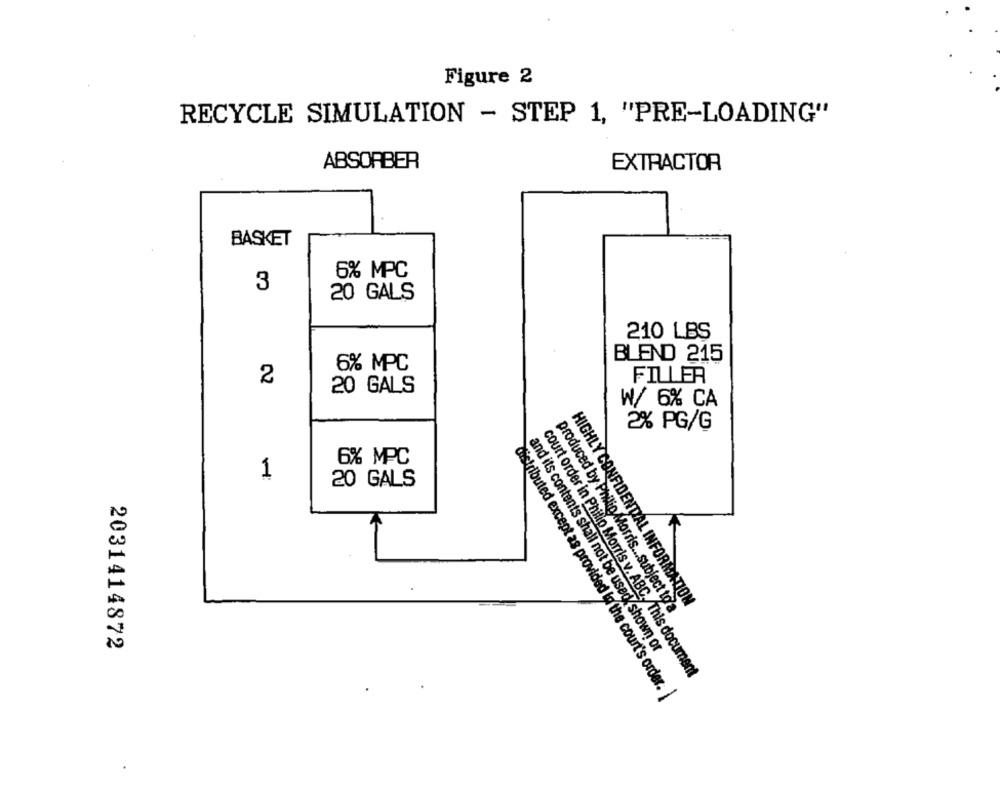
Figure 2
RECYCLE SIMULATION - STEP 1, "PRE-LOADING"
ABSORBER
EXTRACTOR
BASKET
6% MPC
3
20 GALS
210 LBS
BLEND 215
6% MPC
FILLER
2
20 GALS
W/ 6% CA
2% PG/G
6% MPC
1
20 GALS
produced by Philip Morris ... subject to a
HIGHLY CONFIDENTIAL INFORMATION
2031414872
and its contents shall not be usedk shown or
court order in Philip Morris v. ABC, This document
distributed except as provided in the court's order.